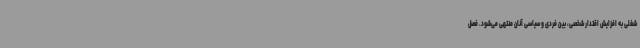
شغلی به افزایش اقتدار شخصی، بین فردی و سیاسی آنان منتهی می‌شود. فصل